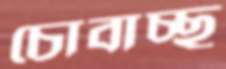
চোবাচ্ছ